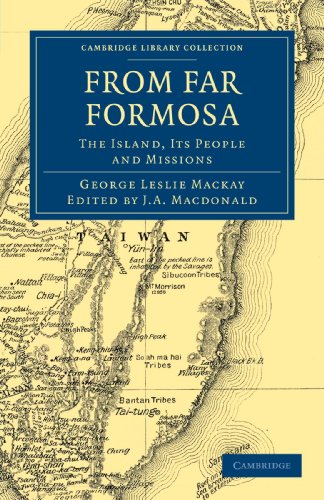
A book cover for From Far Formosa: The Island, its People and Missions (Cambridge Library Collection - Travel and Exploration in Asia); George Leslie Mackay; Travel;